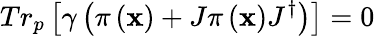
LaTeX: Tr_{p}\left[\gamma\left(\pi\left(\mathbf{x}\right)+J\pi\left(\mathbf{x}\right)J^{\dagger}\right)\right]=0